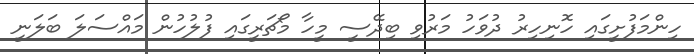
ހިންމަފުށީގައި ހޮނިހިރު ދުވަހު މަރުވި ބިދޭސީ މީހާ މޯޗަރީގައި ފުލުހުން މައްސަލަ ބަލަނީ